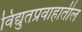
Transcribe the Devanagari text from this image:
विद्युतप्रवाहातील